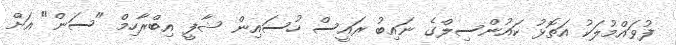
ފުވައްމުލަކު އަތޮޅު ކައުންސިލްގެ ނައިބު ރައީސް ހުސައިން ޝާފީ އިބްރާހިމް "ސަން" އަށް